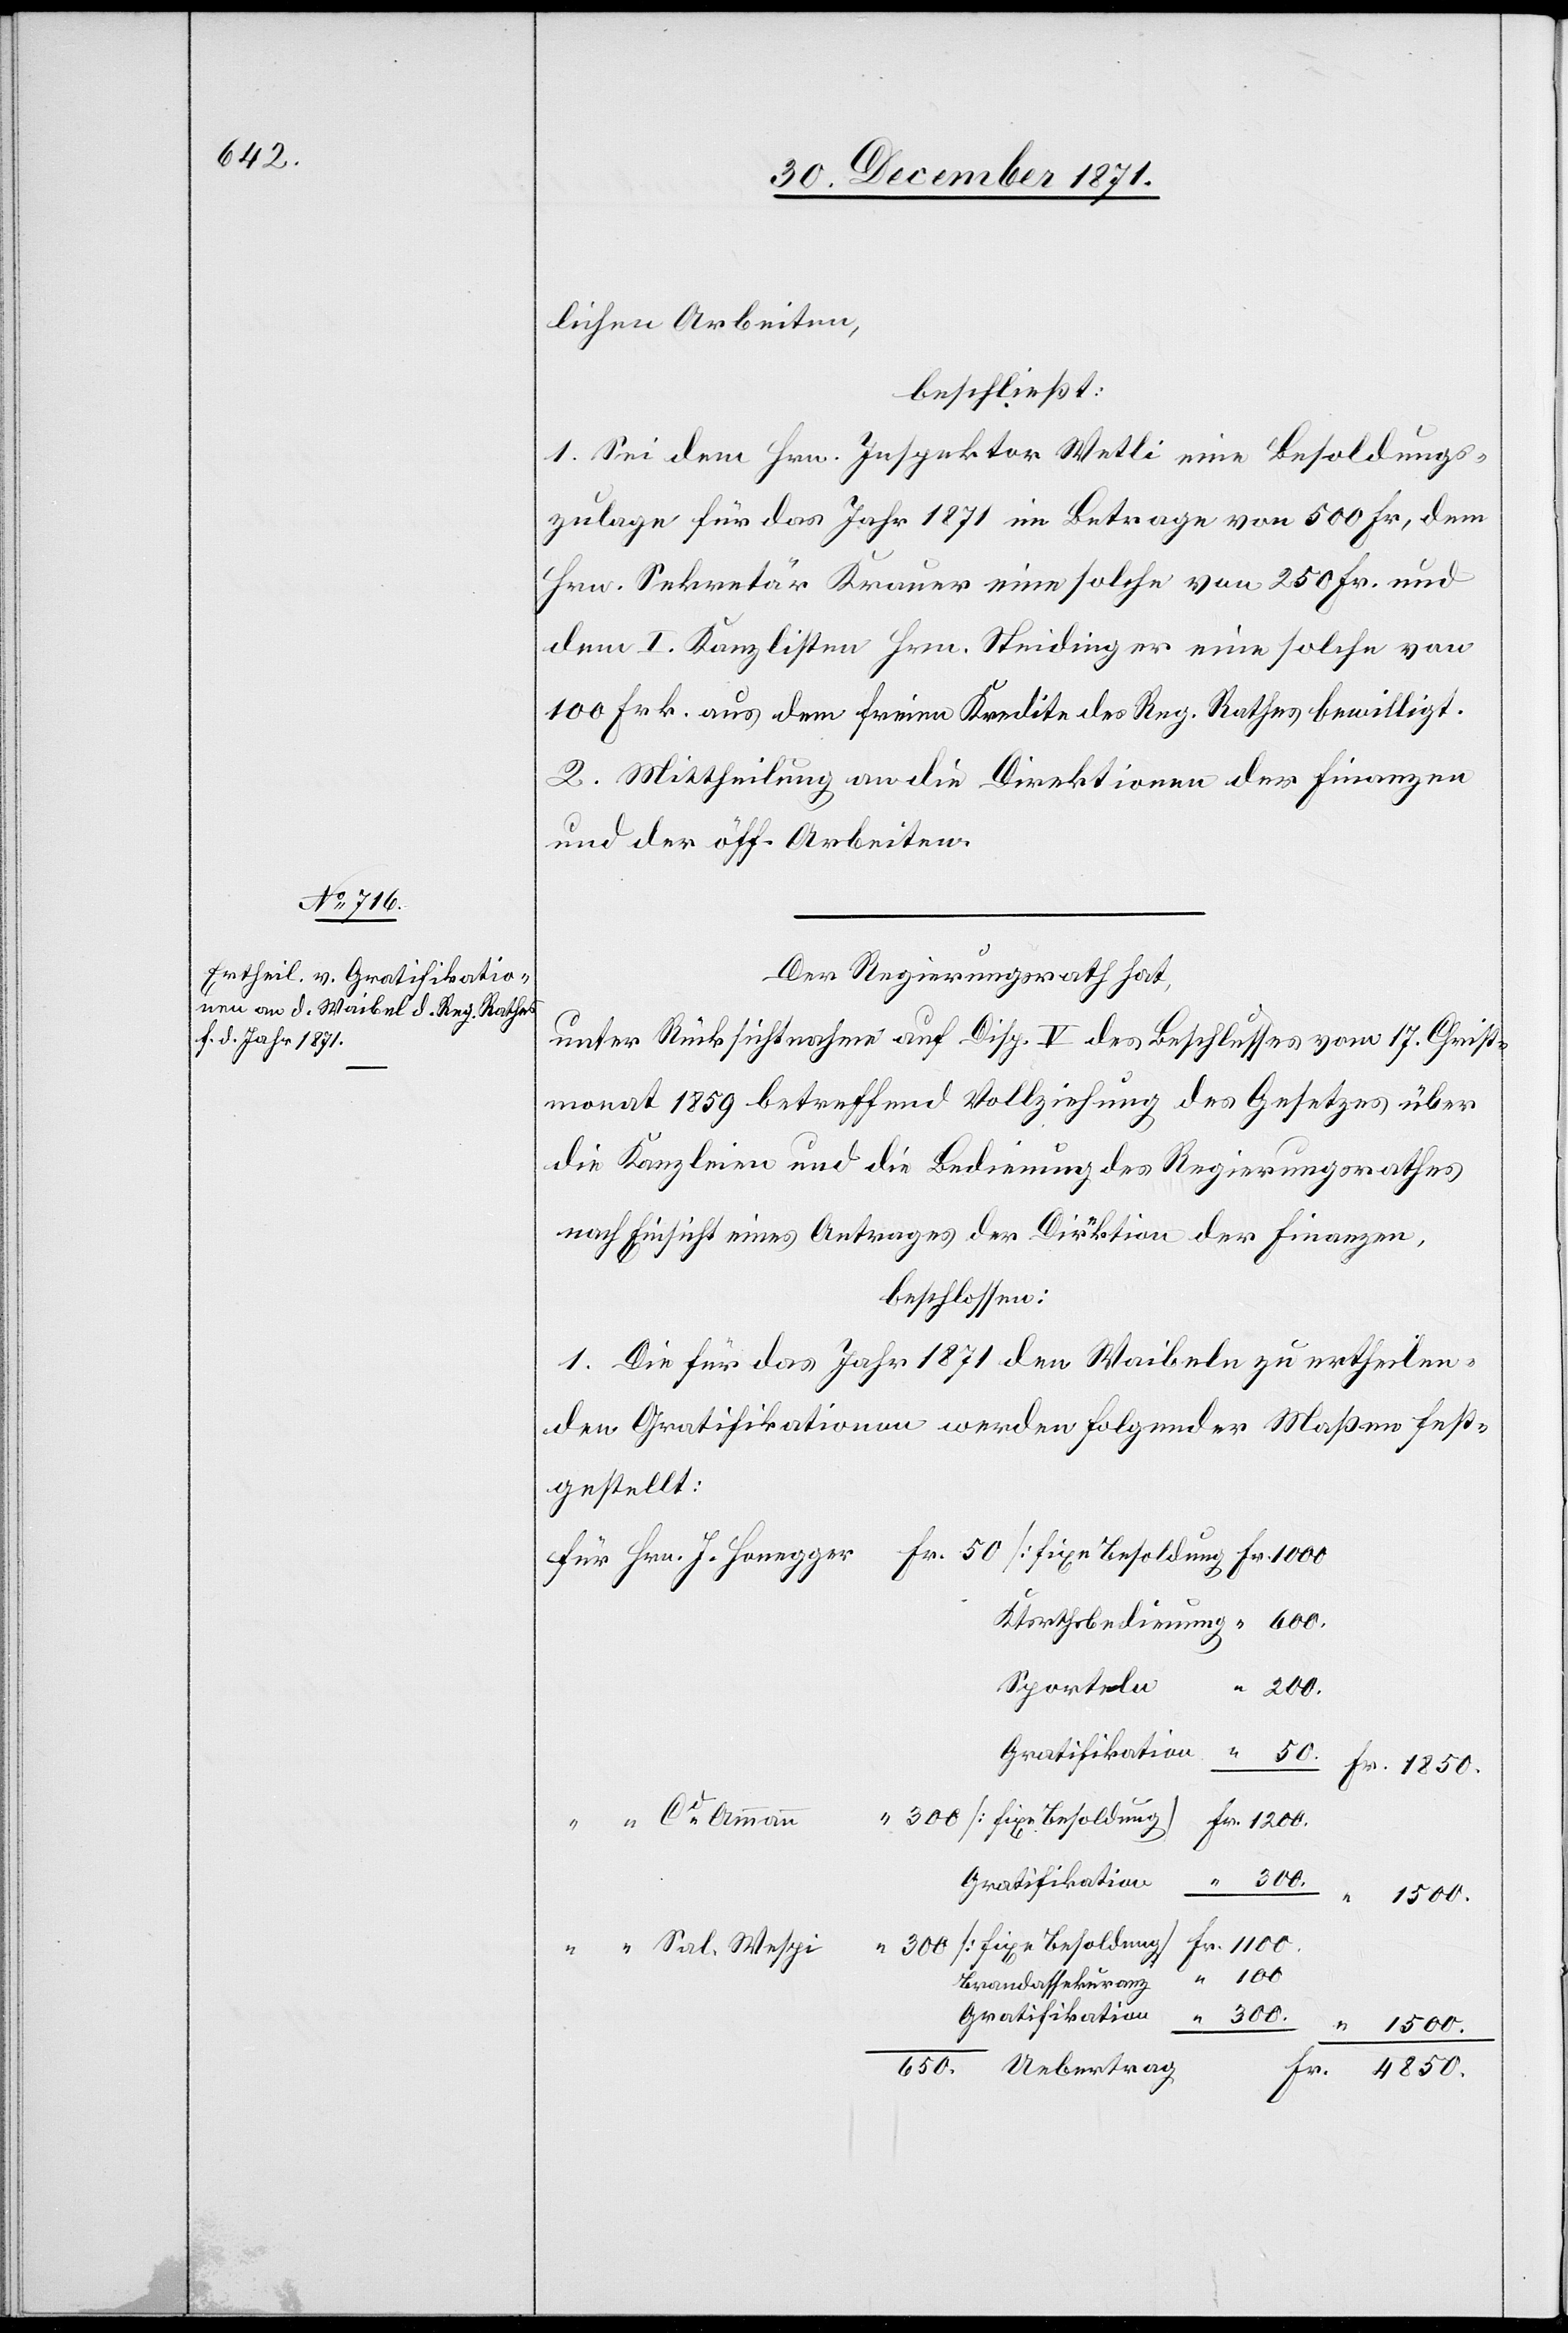
lichen Arbeiten,
beschließt:
1. Sei dem Hrn. Inspektor Wetli eine Besoldungs¬
zulage für das Jahr 1871 im Betrage von 500 Fr., dem
Hrn. Sekretär Krauer eine solche von 250 Fr. und
dem I. Kanzlisten Hrn. Steidinger eine solche von
100 Frk. aus dem freien Kredite des Reg. Rathes bewilligt.
2. Mittheilung an die Direktionen der Finanzen
und der öff. Arbeiten.
Der Regierungsrath hat,
unter Rücksichtnahme auf Disp. V. des Beschlusses vom 17. Christ¬
monat 1859 betreffend Vollziehung des Gesetzes über
die Kanzleien und die Bedienung des Regierungsrathes
nach Einsicht eines Antrages der Direktion der Finanzen,
beschlossen:
1. Die für das Jahr 1871 den Waibeln zu ertheilen¬
den Gratifikationen werden folgender Maßen fest¬
gestellt:
Sporteln
4850.
1500.
100.
Brandassekuranz
Gratifikation
300.
“